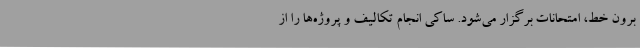
برون خط، امتحانات برگزار می‌شود. ساکی انجام تکالیف و پروژه‌ها را از